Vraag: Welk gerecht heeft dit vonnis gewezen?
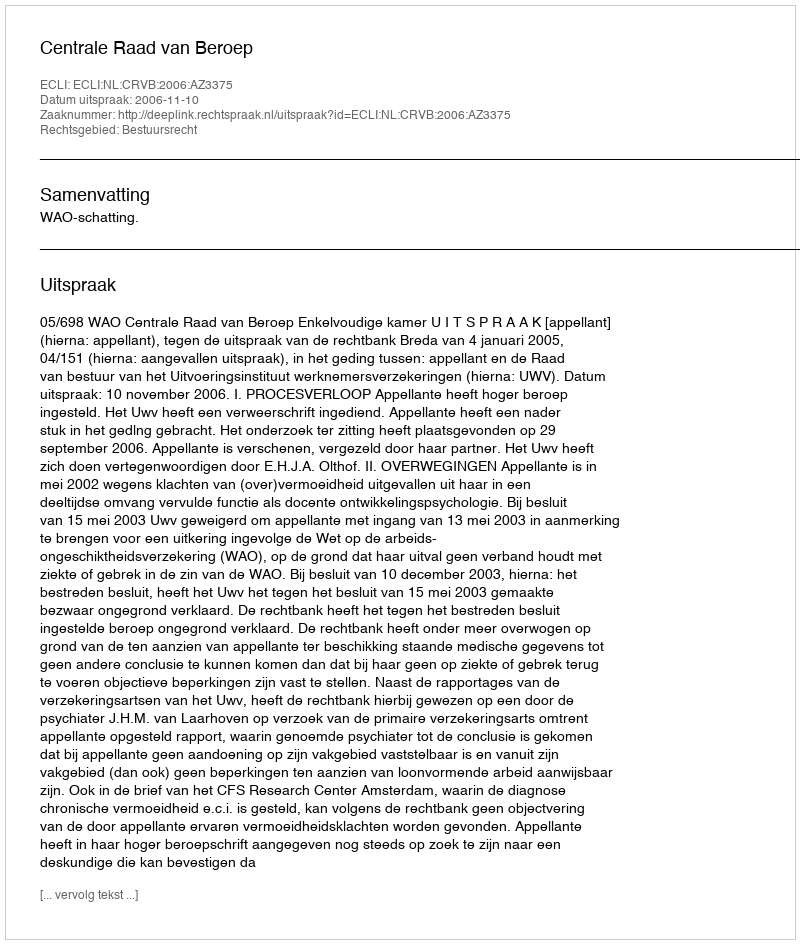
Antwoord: Centrale Raad van Beroep